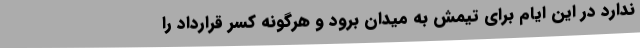
ندارد در این ایام برای تیمش به میدان برود و هرگونه کسر قرارداد را